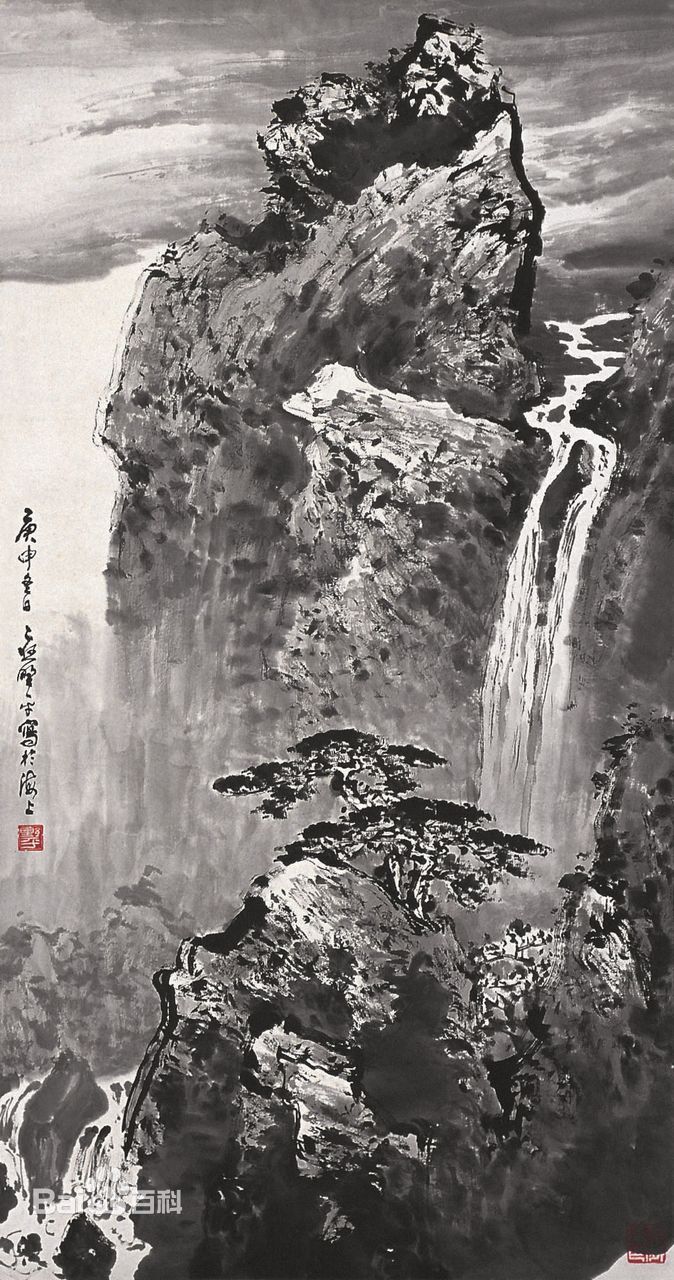
槐柳野桥边，行尘暗马前。